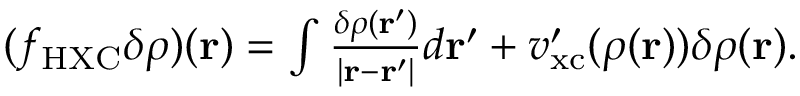
\begin{array} { r } { ( f _ { \mathrm { H X C } } \delta \rho ) ( \mathbf r ) = \int \frac { \delta \rho ( \mathbf r ^ { \prime } ) } { | \mathbf r - \mathbf r ^ { \prime } | } d \mathbf r ^ { \prime } + v _ { \mathrm { x c } } ^ { \prime } ( \rho ( \mathbf r ) ) \delta \rho ( \mathbf r ) . } \end{array}